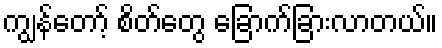
ကျွန်တော့် စိတ်တွေ ခြောက်ခြားလာတယ်။